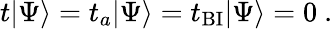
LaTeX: t|\Psi\rangle=t_{a}|\Psi\rangle=t_{\mathrm{BI}}|\Psi\rangle=0\ .